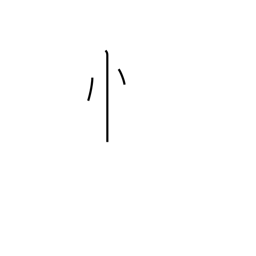
Meaning: standing heart radical variant (no. 61)